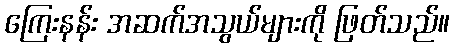
ကြေးနန်း အဆက်အသွယ်များကို ဖြတ်သည်။